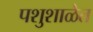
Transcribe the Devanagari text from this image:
पशुशाळेत